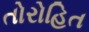
તોરોહિત